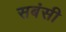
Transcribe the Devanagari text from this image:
सबंसी